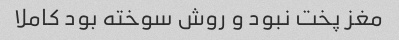
مغز پخت نبود و روش سوخته بود کاملا